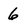
Character: 6